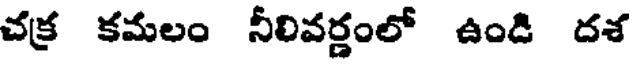
చక్ర కమలం నీలివర్ణంలో ఉండి దశ